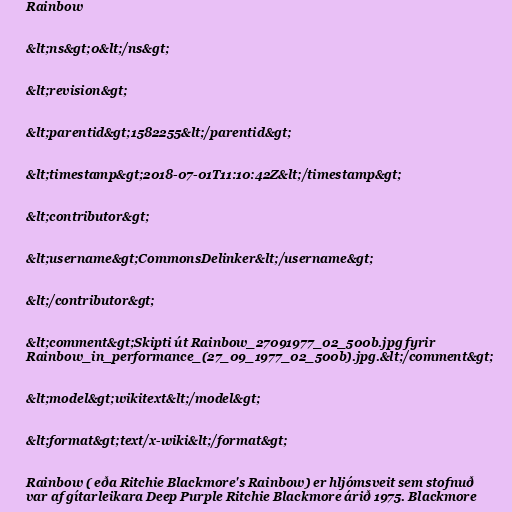
Rainbow

&lt;ns&gt;0&lt;/ns&gt;

&lt;revision&gt;

&lt;parentid&gt;1582255&lt;/parentid&gt;

&lt;timestamp&gt;2018-07-01T11:10:42Z&lt;/timestamp&gt;

&lt;contributor&gt;

&lt;username&gt;CommonsDelinker&lt;/username&gt;

&lt;/contributor&gt;

&lt;comment&gt;Skipti út Rainbow_27091977_02_500b.jpg fyrir
Rainbow_in_performance_(27_09_1977_02_500b).jpg.&lt;/comment&gt;

&lt;model&gt;wikitext&lt;/model&gt;

&lt;format&gt;text/x-wiki&lt;/format&gt;

Rainbow ( eða Ritchie Blackmore's Rainbow) er hljómsveit sem stofnuð
var af gítarleikara Deep Purple Ritchie Blackmore árið 1975. Blackmore